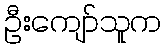
ဦးကျော်သူက